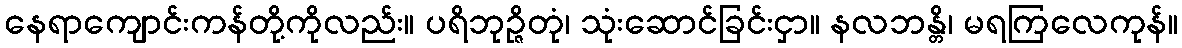
နေရာကျောင်းကန်တို့ကိုလည်း။ ပရိဘုဉ္ဇိတုံ၊ သုံးဆောင်ခြင်းငှာ။ နလဘန္တိ၊ မရကြလေကုန်။